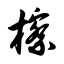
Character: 檫